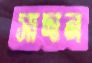
সাদান